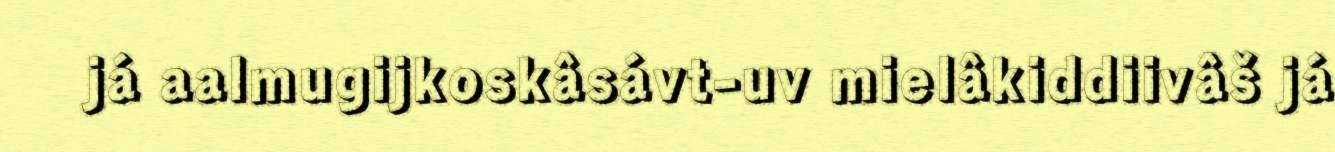
já aalmugijkoskâsávt-uv mielâkiddiivâš já